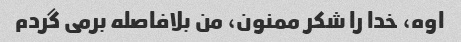
اوه، خدا را شکر ممنون، من بلافاصله برمی گردم